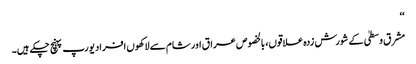
‘‘
مشرق وسطیٰ کے شورش زدہ علاقوں، بالخصوص عراق اور شام سے لاکھوں افراد یورپ پہنچ چکے ہیں۔